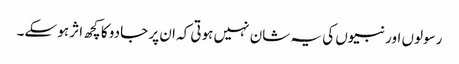
رسولوں اور نبیوں کی یہ شان نہیں ہوتی کہ ان پر جادو کا کچھ اثر ہو سکے۔